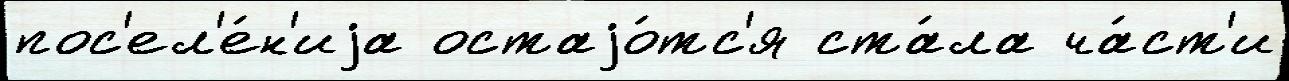
пос'ел'е́н'иjа остаjо́тс'я ста́ла ча́ст'и